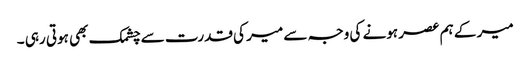
میر کے ہم عصر ہونے کی وجہ سے میر کی قدرت سے چشمک بھی ہوتی رہی ۔